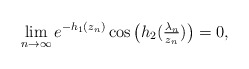
\begin{align*} \lim_{n \to \infty} e^{-h_1 (z_n)} \cos \big(h_2 (\tfrac{\lambda_n}{z_n})\big) = 0, \end{align*}